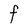
Character: F